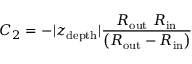
C _ { 2 } = - \vert z _ { \mathrm { d e p t h } } \vert \frac { R _ { \mathrm { o u t } } \ R _ { \mathrm { i n } } } { \left( R _ { \mathrm { o u t } } - R _ { \mathrm { i n } } \right) }